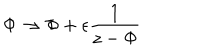
LaTeX: \nonumber \Phi \rightarrow \Phi + \epsilon { \frac { 1 } { z - \Phi } }